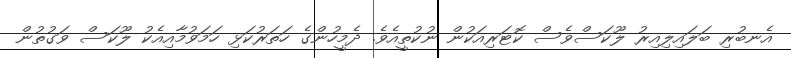
އެނބުރި ބަލައިލިއިރު ލޫކަސްވެސް ކޮޓަރިއަކުން ނުކުތީއެވެ. ދެމީހުންގެ ހަތަރުކަޅި ހަމަވުމާއިއެކު ލޫކަސް ވަގުތުން